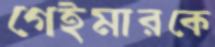
গেইমারকে